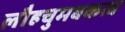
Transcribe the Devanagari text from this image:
लौहचुमबकत्व